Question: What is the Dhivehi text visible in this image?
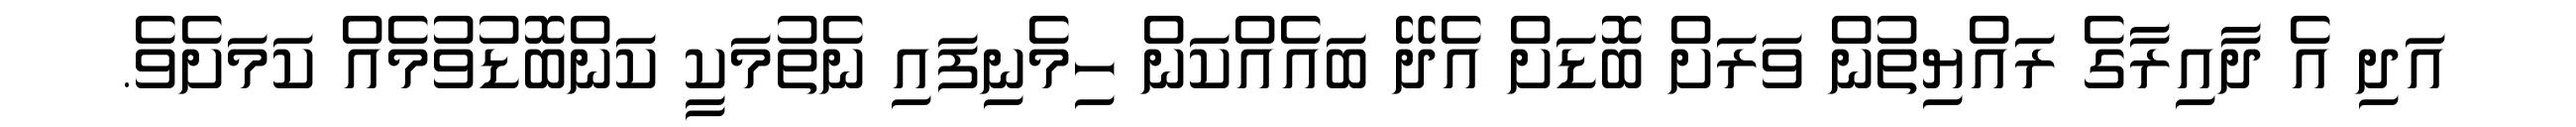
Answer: އަދި އެ ދާއިރާގެ ރައްޔިތުން ވަރަށް ބޮޑަށް އެދޭ ބައެއްކަން ހިމެނިފައި ނެތުމަކީ ކަންބޮޑުވުމެއް ކަމަށެވެ.